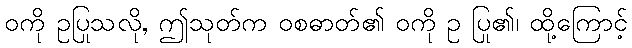
ဝကို ဥပြုသလို, ဤသုတ်က ဝစဓာတ်၏ ဝကို ဥ ပြု၏၊ ထို့ကြောင့်